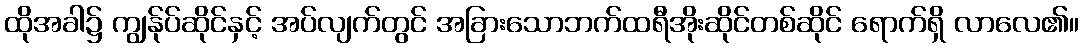
ထိုအခါ၌ ကျွန်ုပ်ဆိုင်နှင့် အပ်လျက်တွင် အခြားသောဘက်ထရီအိုးဆိုင်တစ်ဆိုင် ရောက်ရှိ လာလေ၏။